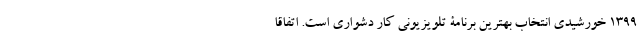
1399 خورشیدی انتخاب بهترین برنامۀ تلویزیونی کار دشواری است. اتفاقاً